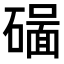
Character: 𥖊